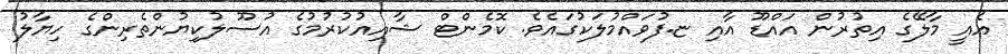
އެއީ މާލޭގެ އިތުރުން އައްޑޫ އާއި ޏ.ފުވައްމުލަކުގައެވެ. ކޮމެންޓް ޝާއިއުކުރުމުގެ އުސޫލުކިޔުންތެރިންގެ ހިޔާލު